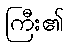
ကြီး၏